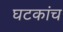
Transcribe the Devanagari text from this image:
घटकांच